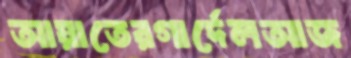
আয়াতেরগার্দেলআজ